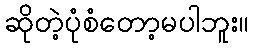
ဆိုတဲ့ပုံစံတော့မပါဘူး။